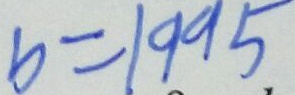
b = 1 9 9 5